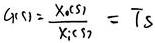
$G(s)=\frac{X_{o}(s)}{X_{i}(s)} = Ts$